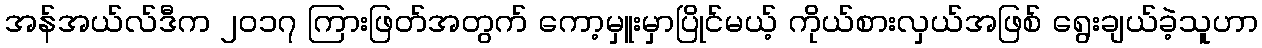
အန်အယ်လ်ဒီက ၂၀၁၇ ကြားဖြတ်အတွက် ကော့မှူးမှာပြိုင်မယ့် ကိုယ်စားလှယ်အဖြစ် ရွေးချယ်ခဲ့သူဟာ